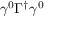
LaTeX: \gamma ^ { 0 } \Gamma ^ { \dagger } \gamma ^ { 0 }